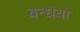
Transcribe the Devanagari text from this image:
बन्धवा